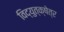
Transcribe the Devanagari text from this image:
विद्युत्‌क्षेत्र